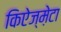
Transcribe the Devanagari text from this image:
किऐज्म़ेटा